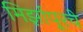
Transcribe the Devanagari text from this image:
मिर्झापूरचे